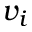
v _ { i }